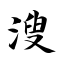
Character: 溲